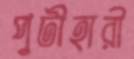
পুটীহারী